Scottish Education Department, 1921
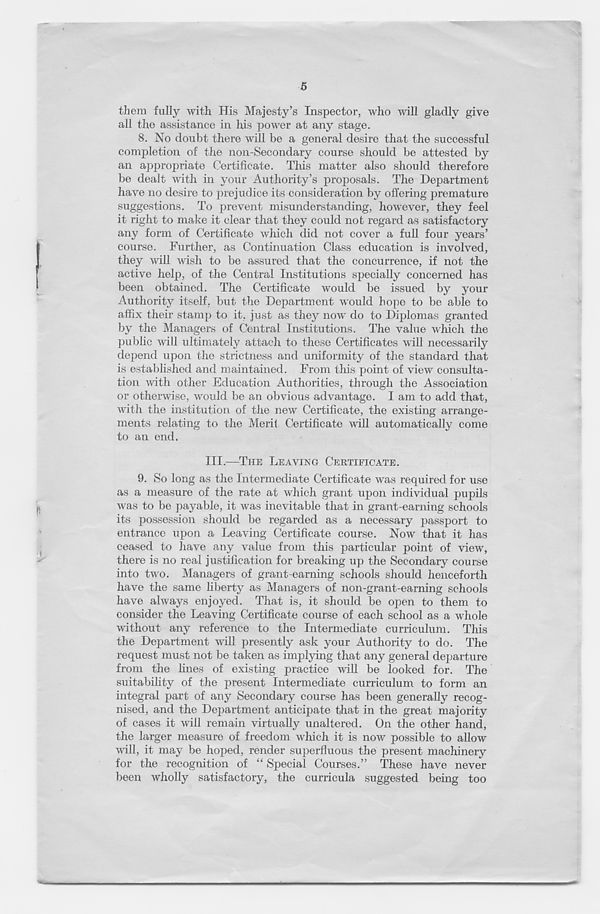
5
them fully with His Majesty’s Inspector, who will gladly give
all the assistance in his power at any stage.
8. No doubt there will be a general desire that the successful
completion of the non-Secondary course should be attested by
an appropriate Certificate. This matter also should therefore
be dealt with in your Authority’s proposals. The Department
have no desire to prejudice its consideration by offering premature
suggestions. To prevent misunderstanding, however, they feel
it right to make it clear that they could not regard as satisfactory
any form of Certificate which did not cover a full four years’
course. Further, as Continuation Class education is involved,
they will wish to be assured that the concurrence, if not the
active help, of the Central Institutions specially concerned has
been obtained. The Certificate would be issued by your
Authority itself, but the Department would hope to be able to
affix their stamp to it, just as they now do to Diplomas granted
by the Managers of Central Institutions. The value which the
public will ultimately attach to these Certificates will necessarily
depend upon the strictness and uniformity of the standard that
is established and maintained. From this point of view consulta-
tion with other Education Authorities, through the Association
or otherwise, would be an obvious advantage. I am to add that,
with the institution of the new Certificate, the existing arrange-
ments relating to the Merit Certificate will automatically come
to an end.
III.—THE LEAVING CERTIFICATE.
9. So long as the Intermediate Certificate was required for use
as a measure of the rate at which grant upon individual pupils
was to be payable, it was inevitable that in grant-earning schools
its possession should be regarded as a necessary passport to
entrance upon a Leaving Certificate course. Now that it has
ceased to have any value from this particular point of view,
there is no real justification for breaking up the Secondary course
into two. Managers of grant-earning schools should henceforth
have the same liberty as Managers of non-grant-earning schools
have always enjoyed. That is, it should be open to them to
consider the Leaving Certificate course of each school as a whole
without any reference to the Intermediate curriculum. This
the Department will presently ask your Authority to do. The
request must not be taken as implying that any general departure
from the lines of existing practice will be looked for. The
suitability of the present Intermediate curriculum to form an
integral part of any Secondary course has been generally recog-
nised, and the Department anticipate that in the great majority
of cases it will remain virtually unaltered. On the other hand,
the larger measure of freedom which it is now possible to allow
will, it may be hoped, render superfluous the present machinery
for the recognition of “ Special Courses.” These have never
been wholly satisfactory, the curricula suggested being too